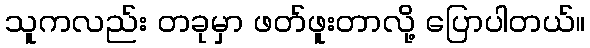
သူကလည်း တခုမှာ ဖတ်ဖူးတာလို့ ပြောပါတယ်။